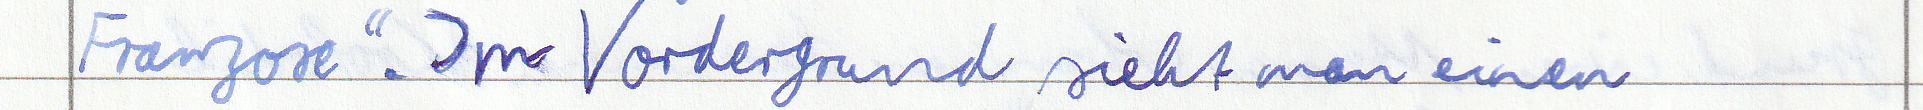
Franzose". Im Vordergrund sieht man einen